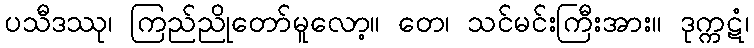
ပသီဒဿု၊ ကြည်ညိုတော်မူလော့။ တေ၊ သင်မင်းကြီးအား။ ဒုက္ကဋံ၊